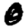
Digit: 0